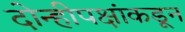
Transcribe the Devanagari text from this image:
दोन्हीपक्षांकडून